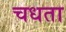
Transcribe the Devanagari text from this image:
चधता